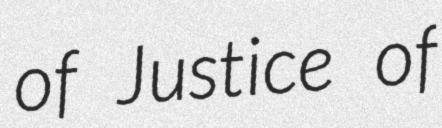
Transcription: of Justice of